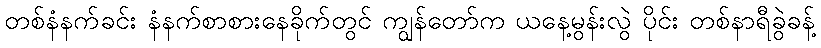
တစ်နံနက်ခင်း နံနက်စာစားနေခိုက်တွင် ကျွန်တော်က ယနေ့မွန်းလွဲ ပိုင်း တစ်နာရီခွဲခန့်